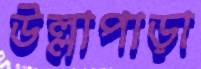
উল্লাপাড়া